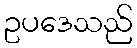
ဥပဒေသည်